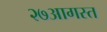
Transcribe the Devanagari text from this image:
२७आगस्त